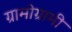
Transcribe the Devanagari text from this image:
ग्रामोग्रामी